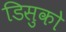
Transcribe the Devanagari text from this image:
डिसुको